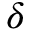
\delta